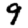
Digit: 9